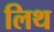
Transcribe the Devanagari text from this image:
लिथ